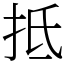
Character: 抵